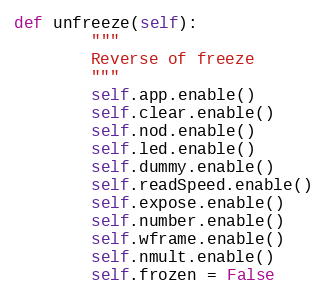
Language: Python
def unfreeze(self):
        """
        Reverse of freeze
        """
        self.app.enable()
        self.clear.enable()
        self.nod.enable()
        self.led.enable()
        self.dummy.enable()
        self.readSpeed.enable()
        self.expose.enable()
        self.number.enable()
        self.wframe.enable()
        self.nmult.enable()
        self.frozen = False